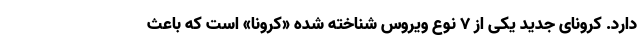
دارد. کرونای جدید یکی از ۷ نوع ویروس شناخته شده «کرونا» است که باعث